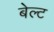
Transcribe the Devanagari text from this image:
बेल्‍ट